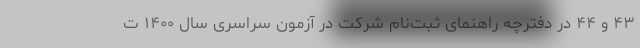
۴۳ و ۴۴ در دفترچه راهنمای ثبت‌نام شرکت در آزمون سراسری سال ۱۴۰۰ ت